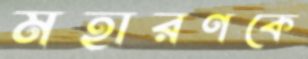
মহারণকে